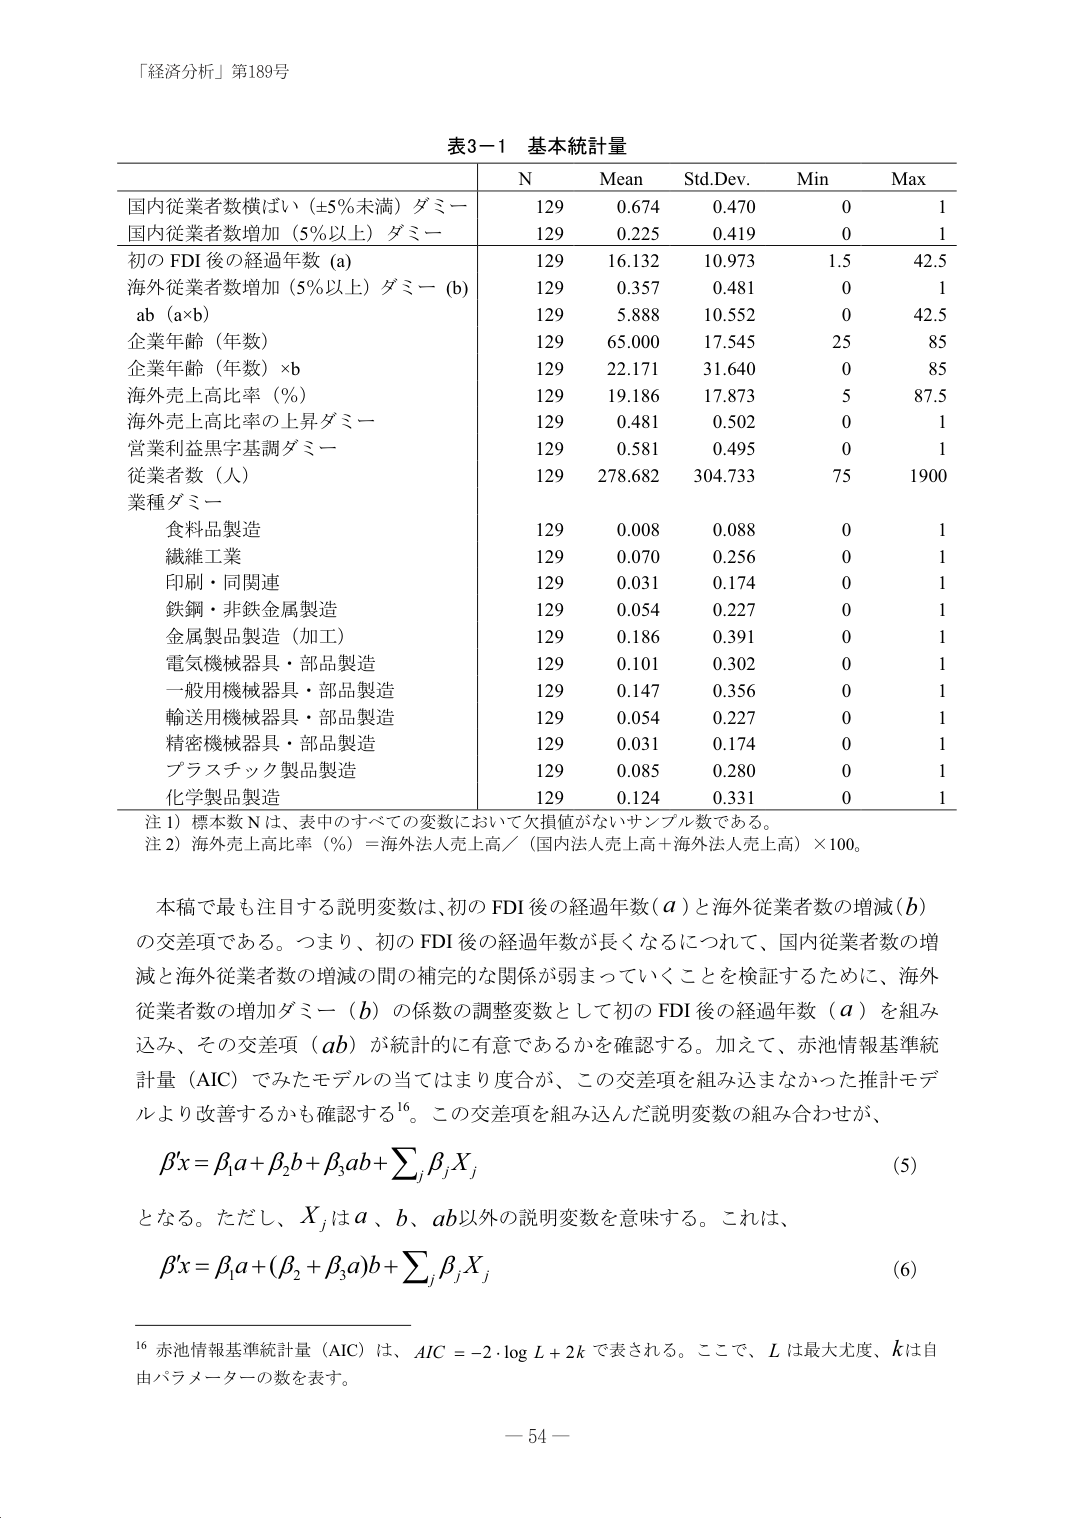
「経済分析」第189号

表3−1 基本統計量

N       Mean     Std.Dev.   Min   Max
国内従業者数横ばい（±5％未満）ダミー     129      0.674      0.470      0     1
国内従業者数増加（5％以上）ダミー       129      0.225      0.419      0     1
初のFDI後の経過年数（a）               129     16.132     10.973     1.5   42.5
海外従業者数増加（5％以上）ダミー（b）   129      0.357      0.481      0     1
ab（a×b）                             129      5.888     10.552      0   42.5
企業年齢（年数）                       129     65.000     17.545     25    85
企業年齢（年数）×b                    129     22.171     31.640      0    85
海外売上高比率（％）                   129     19.186     17.873      5   87.5
海外売上高比率の上昇ダミー             129      0.481      0.502      0     1
営業利益黒字基調ダミー                129      0.581      0.495      0     1
従業者数（人）                        129    278.682    304.733     75   1900
業種ダミー
　食料品製造                          129      0.008      0.088      0     1
　繊維工業                            129      0.070      0.256      0     1
　印刷・同関連                        129      0.031      0.174      0     1
　鉄鋼・非鉄金属製造                  129      0.054      0.227      0     1
　金属製品製造（加工）                129      0.186      0.391      0     1
　電気機械器具・部品製造              129      0.101      0.302      0     1
　一般用機械器具・部品製造            129      0.147      0.356      0     1
　輸送用機械器具・部品製造            129      0.054      0.227      0     1
　精密機械器具・部品製造              129      0.031      0.174      0     1
　プラスチック製品製造                129      0.085      0.280      0     1
　化学製品製造                        129      0.124      0.331      0     1

注1）標本数Nは、表中のすべての変数において欠損値がないサンプル数である。
注2）海外売上高比率（％）＝海外法人売上高／（国内法人売上高＋海外法人売上高）×100。

本稿で最も注目する説明変数は、初のFDI後の経過年数（a）と海外従業者数の増減（b）の交差項である。つまり、初のFDI後の経過年数が長くなるにつれて、国内従業者数の増減と海外従業者数の増減の間の補完的な関係が弱まっていくことを検証するために、海外従業者数の増加ダミー（b）の係数の調整変数として初のFDI後の経過年数（a）を組み込み、その交差項（ab）が統計的に有意であるかを確認する。加えて、赤池情報基準統計量（AIC）でみたモデルの当てはまり度合が、この交差項を組み込みなかった推計モデルより改善するかも確認する16。この交差項を組み込んだ説明変数の組み合わせが、

βx = β₁a + β₂b + β₃ab + ΣⱼβⱼXⱼ　　(5)

となる。ただし、Xⱼはa、b、ab以外の説明変数を意味する。これは、

βx = β₁a + (β₂ + β₃a)b + ΣⱼβⱼXⱼ　　(6)

16 赤池情報基準統計量（AIC）は、AIC = -2·log L + 2k で表される。ここで、Lは最大尤度、kは自由パラメーターの数を表す。

－54－